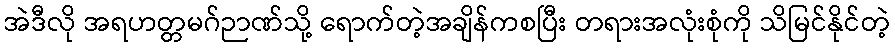
အဲဒီလို အရဟတ္တမဂ်ဉာဏ်သို့ ရောက်တဲ့အချိန်ကစပြီး တရားအလုံးစုံကို သိမြင်နိုင်တဲ့